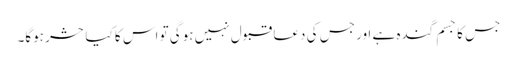
جس کا جسم گندہ ہے اور جس کی دعا قبول نہیں ہوگی تو اس کا کیا حشر ہوگا۔